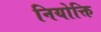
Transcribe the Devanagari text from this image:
नियोक्ति